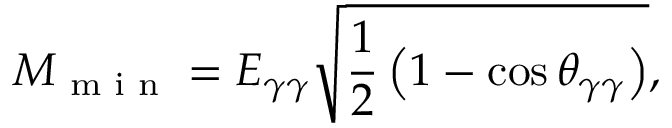
M _ { \textrm { m i n } } = E _ { \gamma \gamma } \sqrt { \frac { 1 } { 2 } \left( 1 - \cos \theta _ { \gamma \gamma } \right) } ,